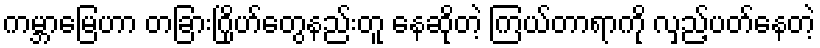
ကမ္ဘာမြေဟာ တခြားဂြိုဟ်တွေနည်းတူ နေဆိုတဲ့ ကြယ်တာရာကို လှည့်ပတ်နေတဲ့